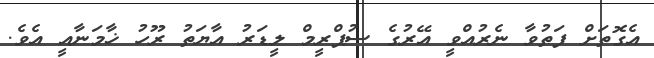
އެގޮތަށް ފަތުވާ ނެރުއްވީ އޭރުގެ ސުޕްރީމް ލީޑަރު އާޔަތު ރޫހު ޚާމަނާއީ އެވެ.